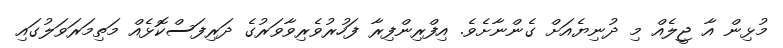
މުޅިން އާ ޖީލެއް މި ދުނިޔެއަށް ގެންނާށެވެ. އިފްރިންފިރާ ފަހުރުވެރިވާވަރުގެ ދަރިފަސްކޮޅެއް މަތިމަރަވަލުގައި